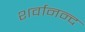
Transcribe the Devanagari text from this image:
शर्वानन्द